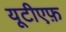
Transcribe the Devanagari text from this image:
यूटीएफ़